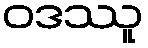
ဝဒဿူ